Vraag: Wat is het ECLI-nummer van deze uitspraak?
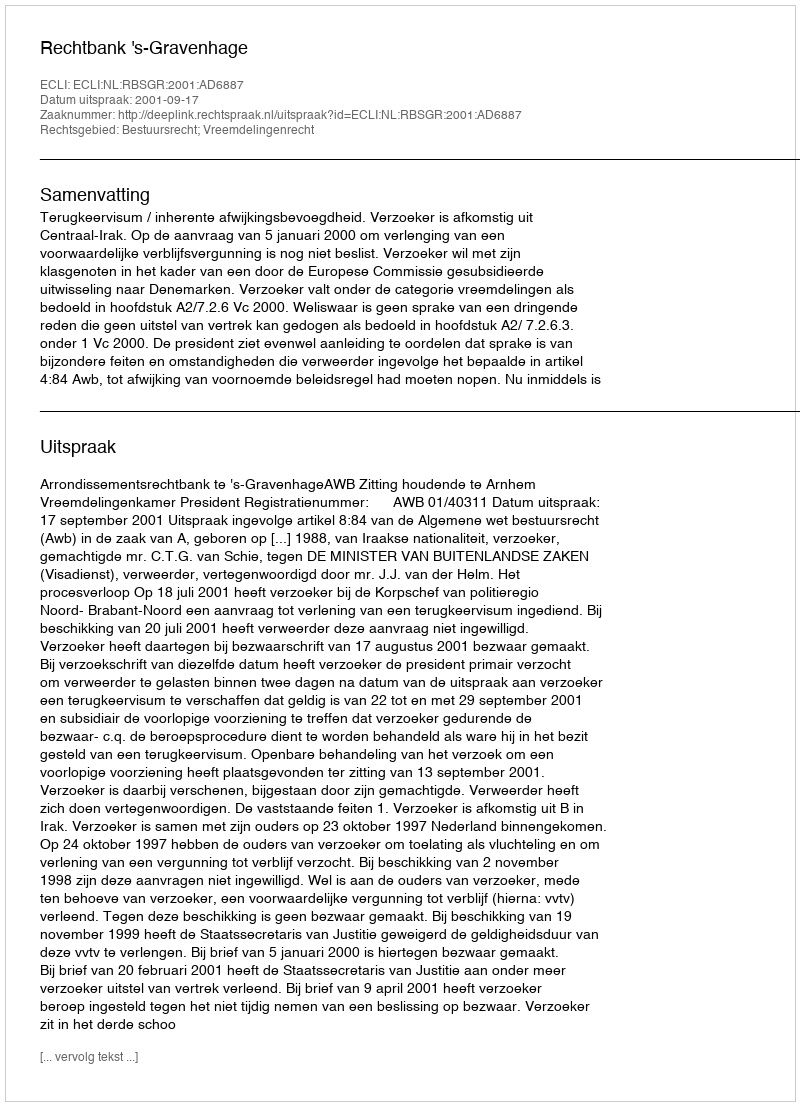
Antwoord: ECLI:NL:RBSGR:2001:AD6887